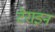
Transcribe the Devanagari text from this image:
टेराइन